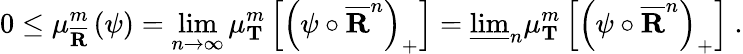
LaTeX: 0\leq\mu_{\overline{{\mathbf{R}}}}^{m}\left(\psi\right)=\operatorname*{lim}_{n\rightarrow\infty}\mu_{\mathbf{T}}^{m}\left[\left(\psi\circ\overline{{\mathbf{R}}}^{n}\right)_{+}\right]=\underline{{\operatorname*{lim}}}_{n}\mu_{\mathbf{T}}^{m}\left[\left(\psi\circ\overline{{\mathbf{R}}}^{n}\right)_{+}\right]\ .